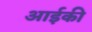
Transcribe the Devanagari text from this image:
आईकी